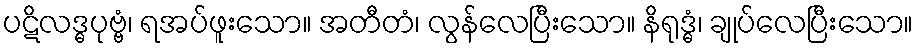
ပဋိလဒ္ဓပုဗ္ဗံ၊ ရအပ်ဖူးသော။ အတီတံ၊ လွန်လေပြီးသော။ နိရုဒ္ဓံ၊ ချုပ်လေပြီးသော။